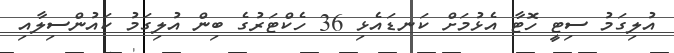
އުލިގަމު ސިޓީ ހޮޓާ އެޅުމަށް ކަނޑައެޅި 36 ހެކްޓަރުގެ ބިން އުލިގަމު ކައުންސިލާއި